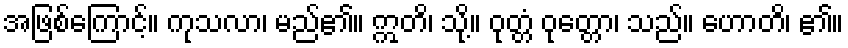
အဖြစ်ကြောင့်။ ကုသလာ၊ မည်၏။ ဣတိ၊ သို့။ ဝုတ္တံ ဝုတ္တော၊ သည်။ ဟောတိ၊ ၏။